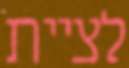
לציית